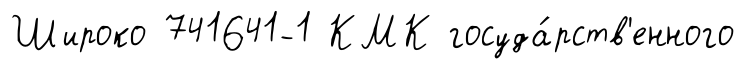
Широко 741641-1 КМК госуда́рств'енного